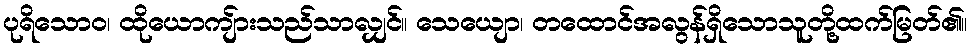
ပုရိသောဝ၊ ထိုယောကျ်ားသည်သာလျှင်။ သေယျော၊ တထောင်အလွန်ရှိသောသူတို့ထက်မြတ်၏။